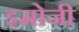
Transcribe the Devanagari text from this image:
इमोजी